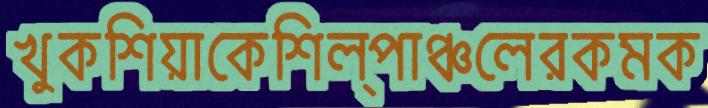
খুকশিয়াকেশিল্পাঞ্চলেরকমক